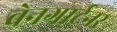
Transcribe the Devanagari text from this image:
वेनगार्टनर